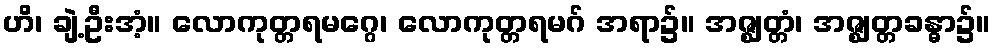
ဟိ၊ ချဲ့ဦးအံ့။ လောကုတ္တရမဂ္ဂေ၊ လောကုတ္တရမဂ် အရာ၌။ အဇ္ဈတ္တံ၊ အဇ္ဈတ္တခန္ဓာ၌။